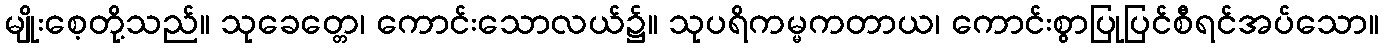
မျိုးစေ့တို့သည်။ သုခေတ္တေ၊ ကောင်းသောလယ်၌။ သုပရိကမ္မကတာယ၊ ကောင်းစွာပြုပြင်စီရင်အပ်သော။